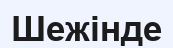
Шежінде